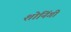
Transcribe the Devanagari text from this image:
शोनिंगी